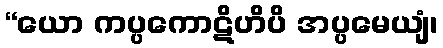
“ယော ကပ္ပကောဋိဟိပိ အပ္ပမေယျံ၊